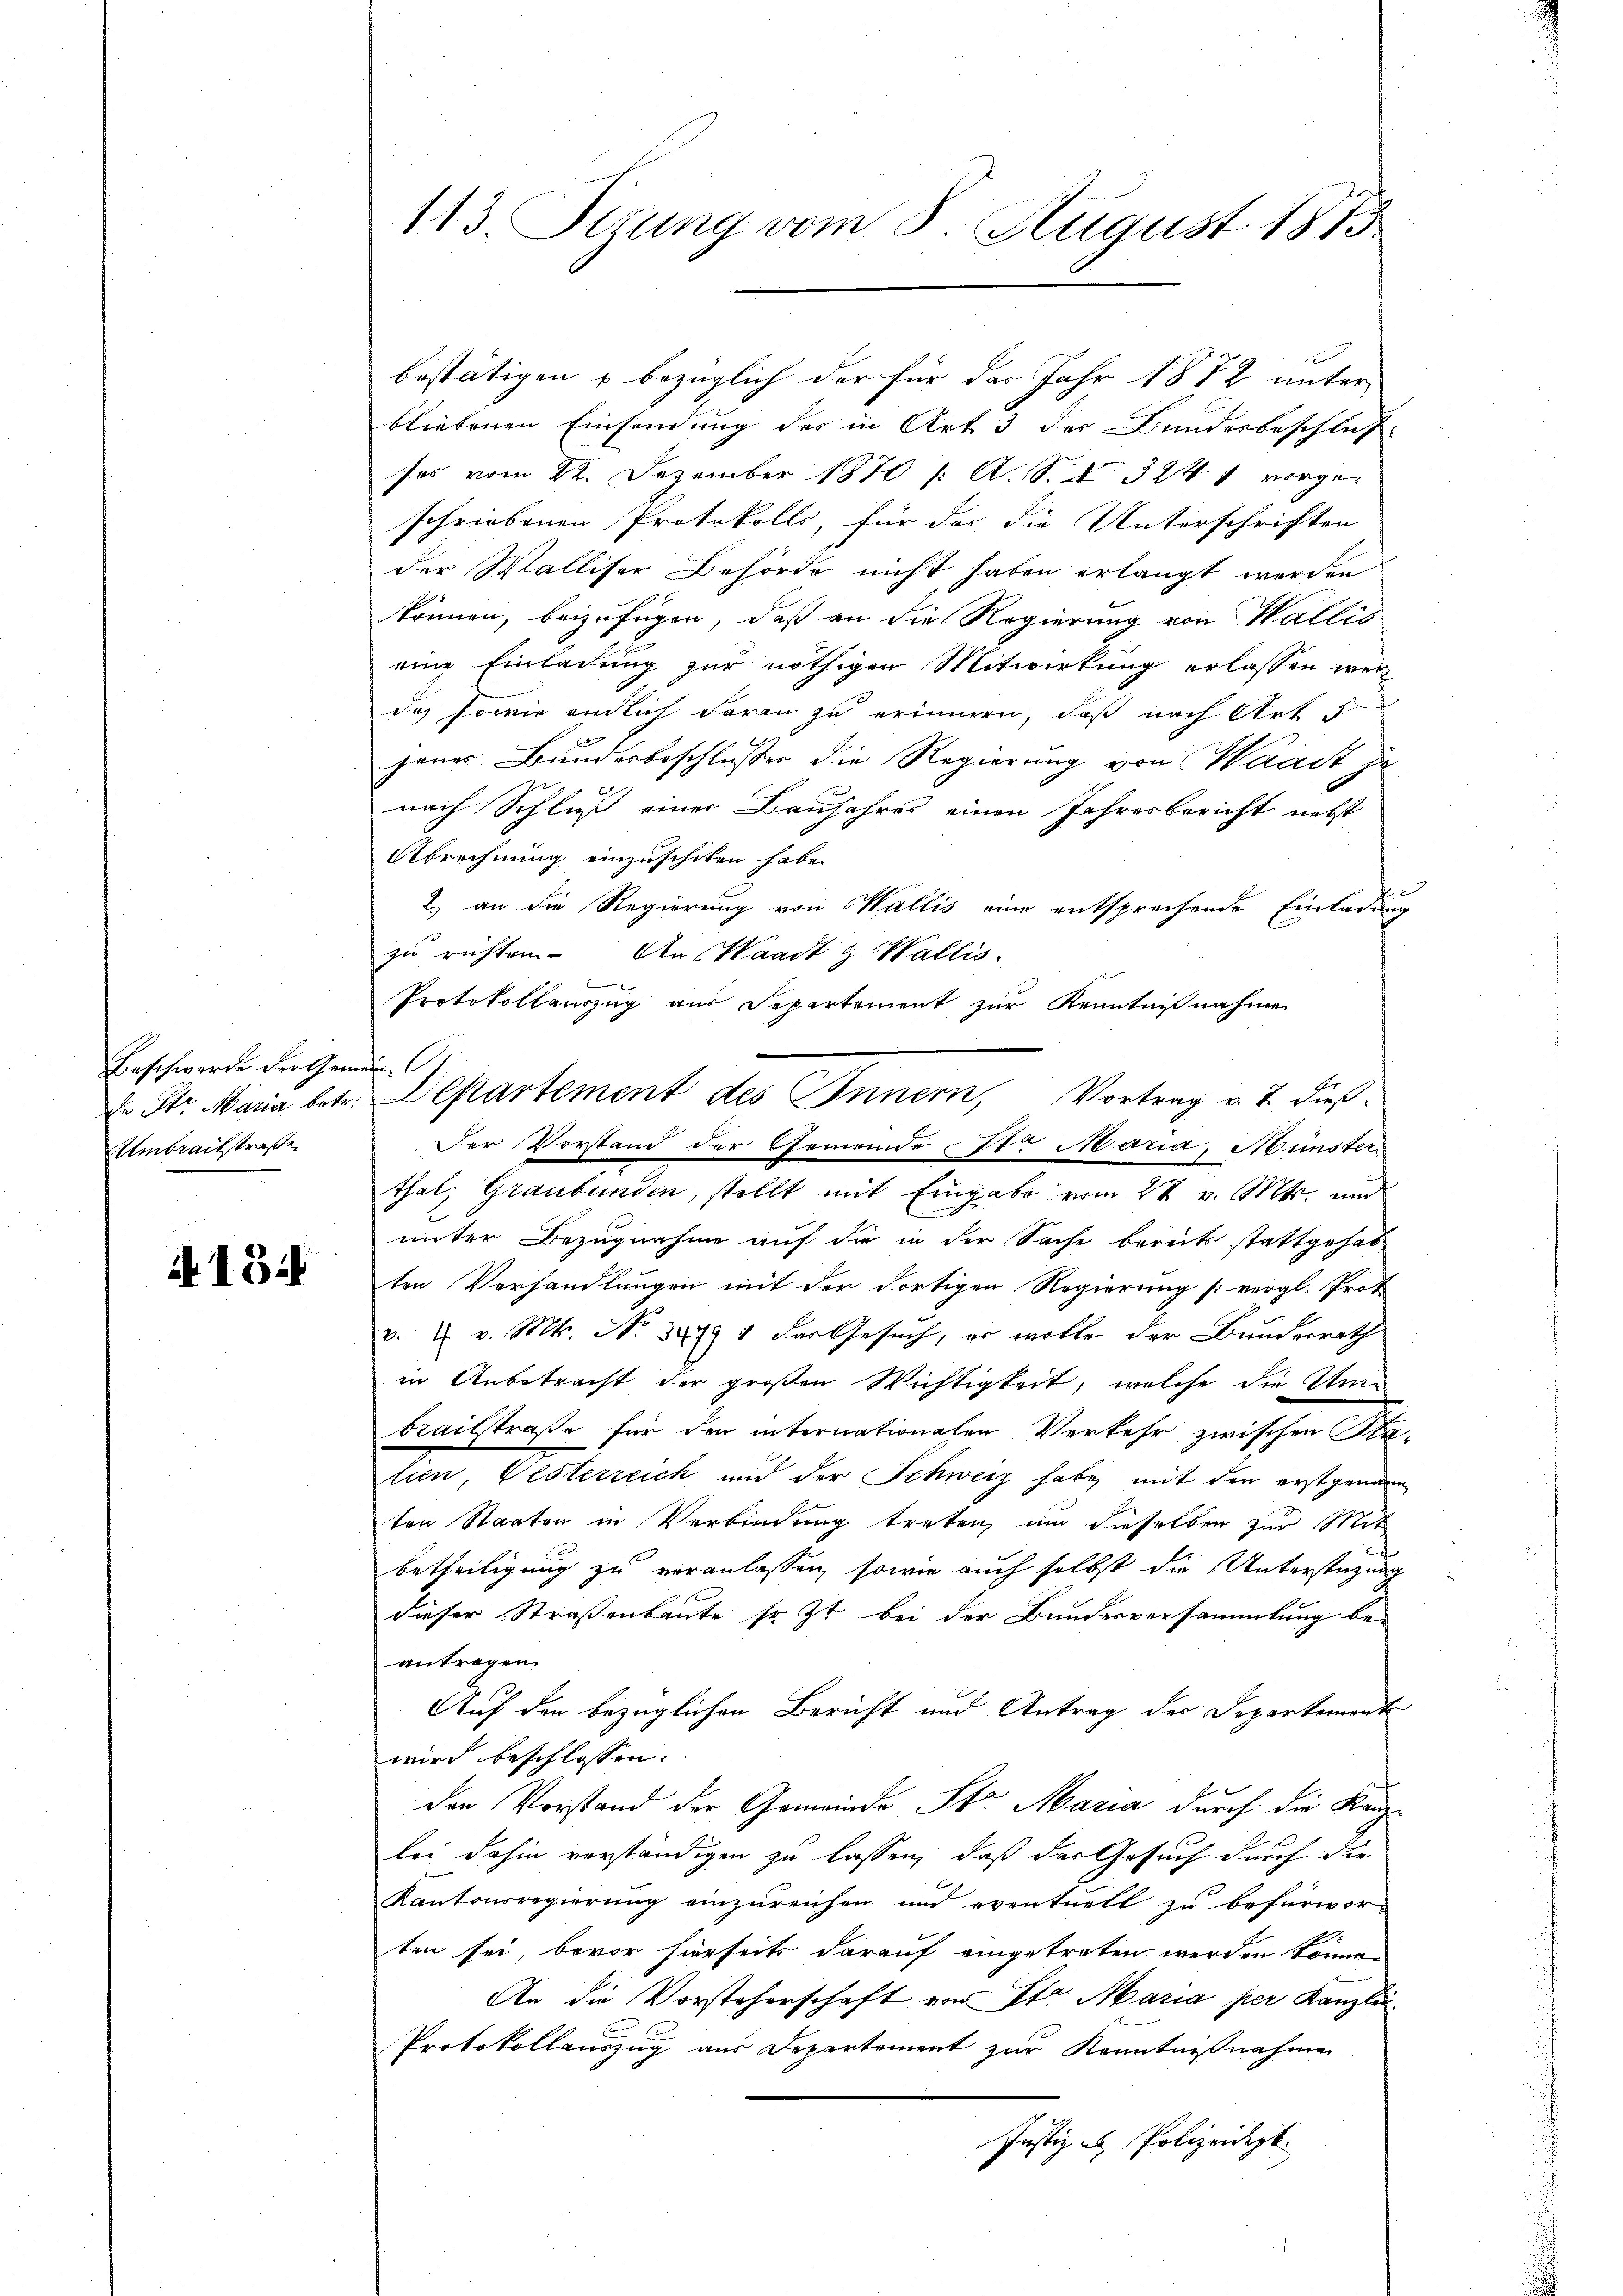
Beschwerde der Gemei
de Str. Maria betr.
Umtreitstraße

i 13.

113 Sirung vom 8. August 1875

bliebenen Einsendung des in Art. 3 der Bundesbeschluß
sos vom 22. Dezember 1870 /: A. S. 324 1 vorge-
schriebenen Protokolls, für das die Unterschriften
der Walliser Behörde nicht haben erlangt werden
können, beizufügen, daß an die Regierung von Wallis
eine Einladung zur nöthigen Mitwirkung erlassen wer
Ich sowie endlich daran zu erinnen, daß nach Art
jener Bunderbeschlusser die Regierung von Waadt zu
nach Schluß einer Baujahres einen Jahresbericht nebst
Abrechnung einzuschiken habe.
2.) an die Regierung von Wallis eine entsprechende Einladung
zu richten. An Waadt z. Wallis.
Protokollauszug aus Departement zur Kenntnißnahme
Der Vorstand der Gemeinde Sr Maria, Münster
thal, Graubünden, stellt mit Eingabe vom 22 v. Mts. und
unter Bezugnahme auf die in der Sache bereits stattgehabten Verhandlungen mit der dortigen Regierung (: vergl. Prot
v. u. v. Mts. No 3479 1 der Gesuch, er wolle der Bundesrath
in Anbetracht der großen Wichtigkeit, welche die Unibreitstraße für den internationalen Verkehr zwischen Sta
lien Gesterreich und der Schweiz habe, mit den erstgenann
ten Staaten in Verbindung treten, und dieselben zur Mit
betheiligung zu veranlassen, sowie auch selbst die Unterstüzung
dieser Straßenbaute sr. Zt. bei der Bundesversammlung be-
antragen
Auf den bezüglichen Bericht und Antrag der Departement
wird beschlossen:
der Vorstand der Gemeinde St. Maria durch die Kanzlei dahin verständigen zu lassen, daß das Gesuch durch die
Kantonsregierung einzureichen und eventuell zu befürwor-
ten sei, bevor hierseits darauf eingetreten werden könne,
An die Vorsteherschaft von Str. Maria per Kanzlei
Protokollauszug aus Departement zur Kenntnißnahmen
Justiz u. Polizeidigt.

für

Departement des Innern, Vortrag v. 7. dieß¬

bestätigen u bezüglich der für das Jahr 1882 unter